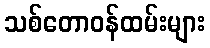
သစ်တောဝန်ထမ်းများ